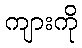
ကျားကို